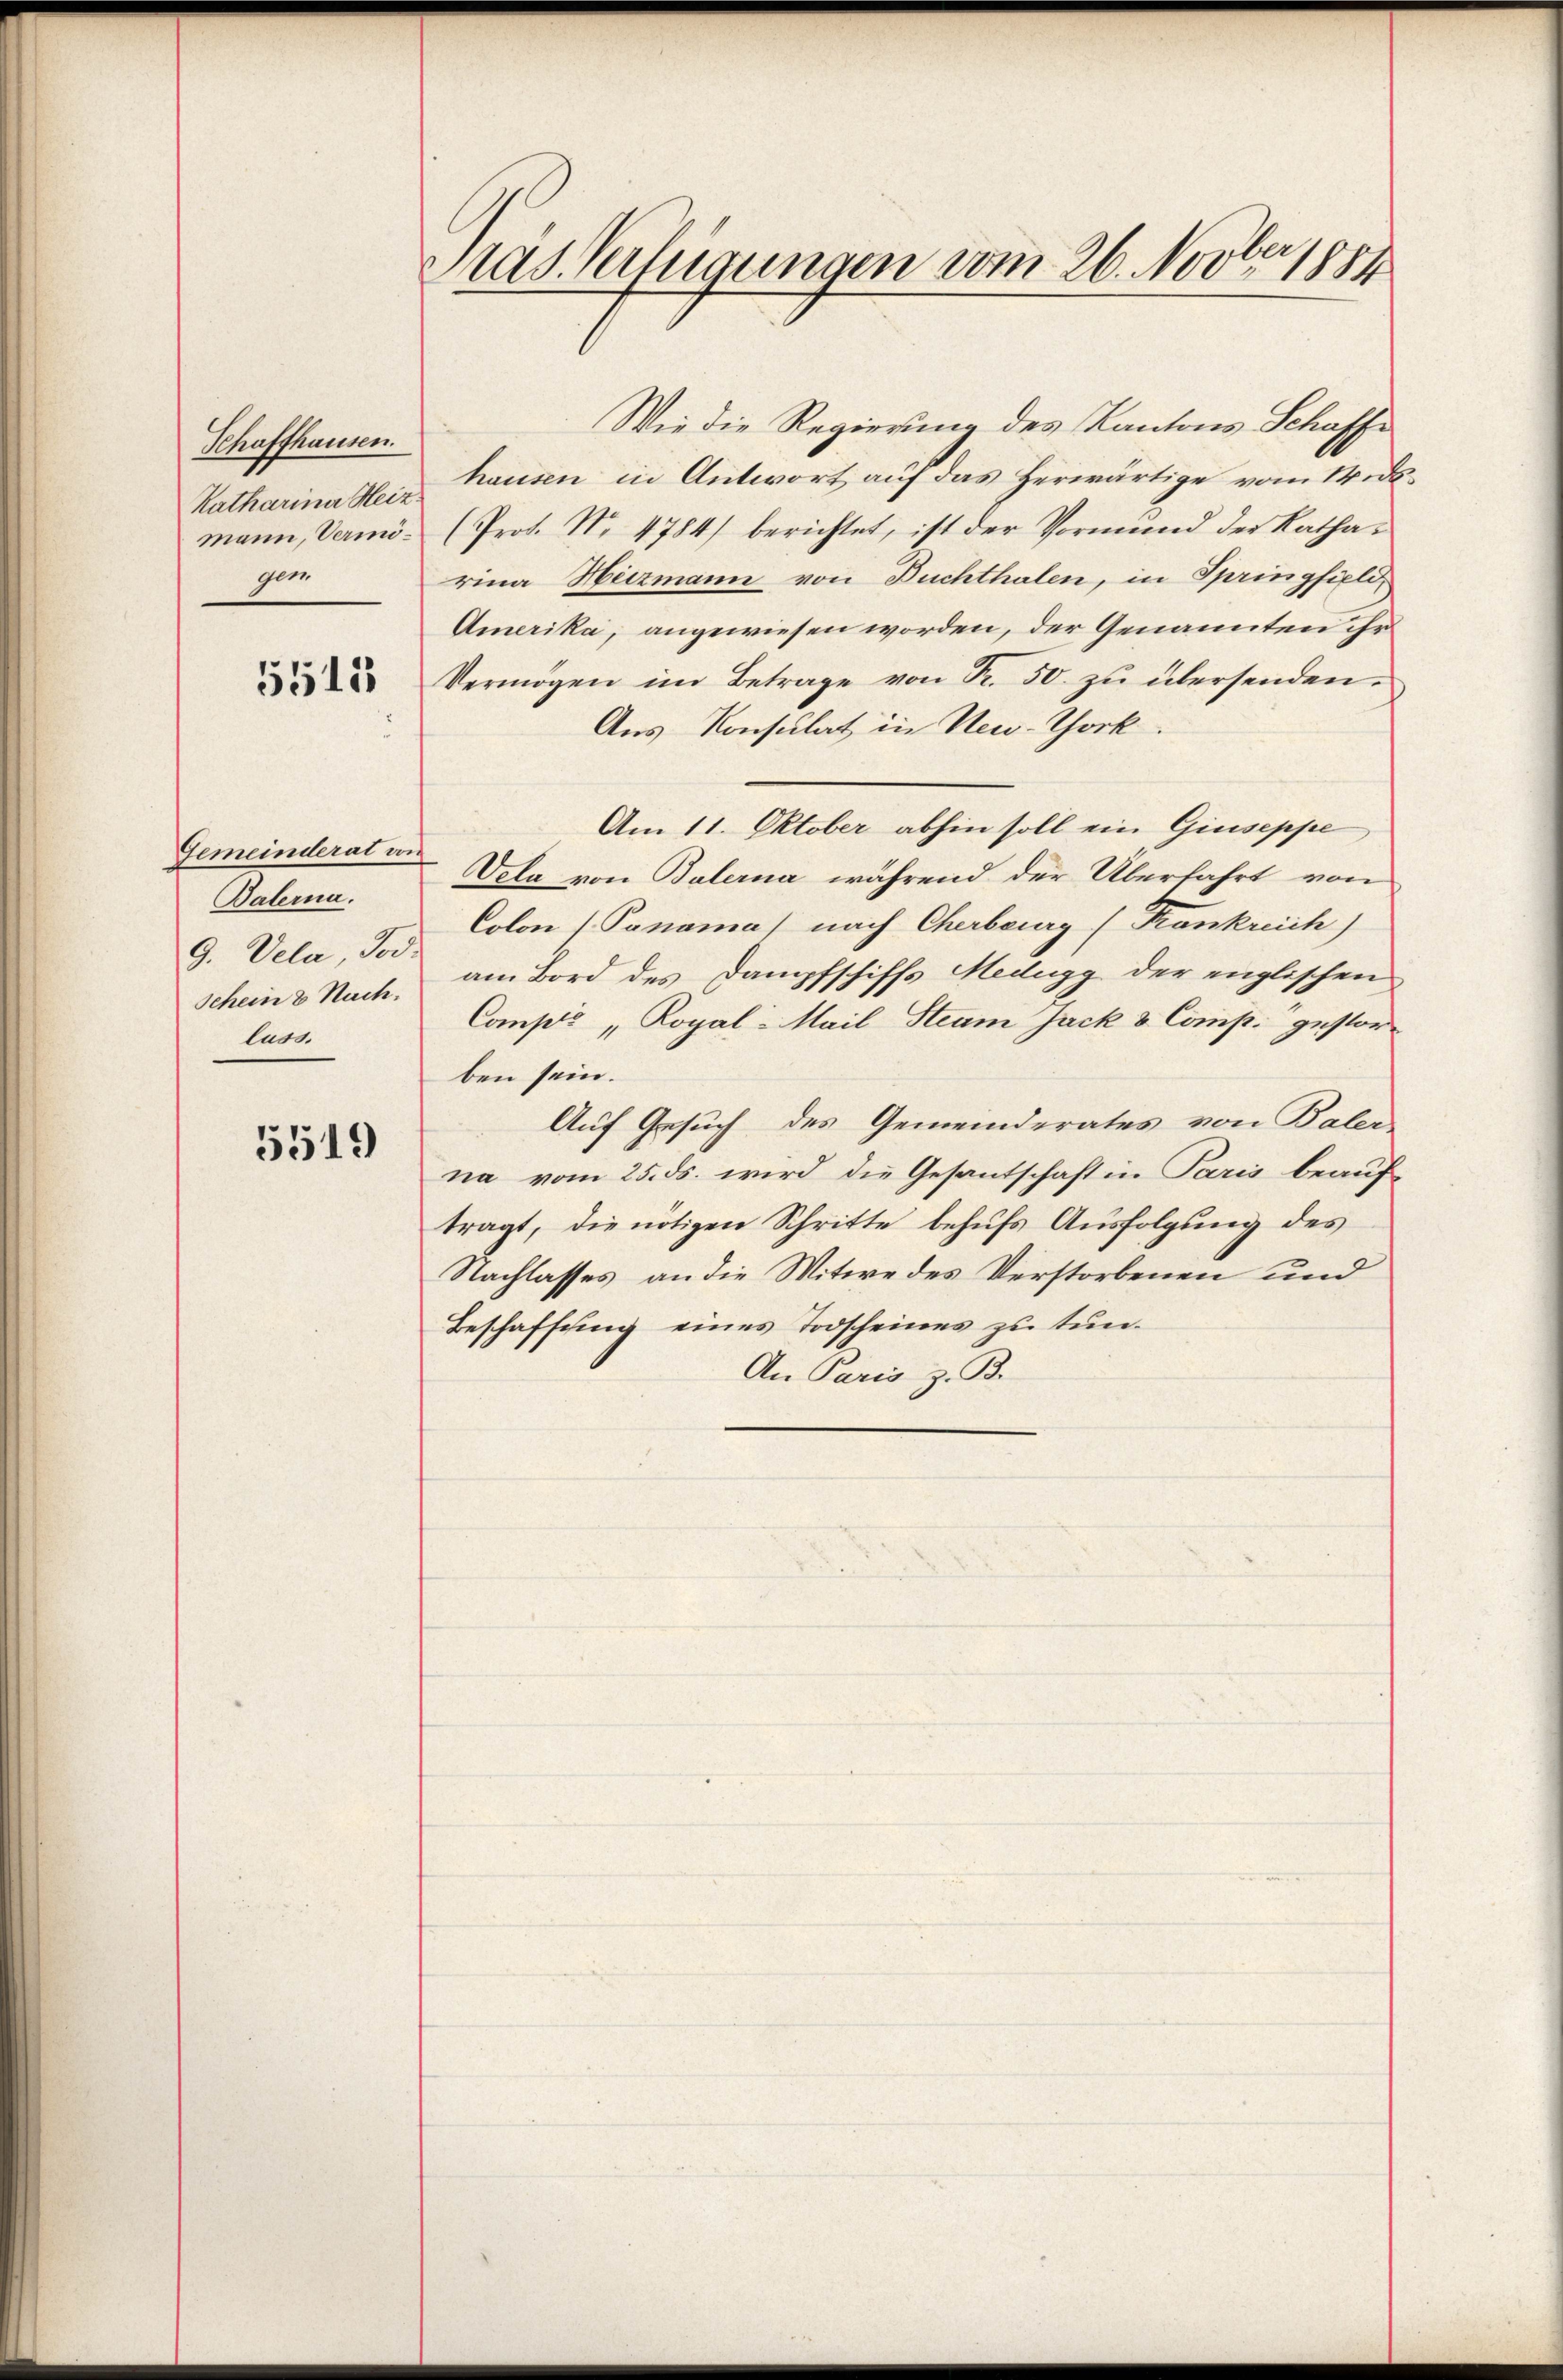
Schaffhausen.
Katharina Heiz
mann, Vermögem

5515

Gemeinderat von
Balerna.
9. Vela, Tod.
Schein 2 Nach.
luss.

5519

as Verfügungen vom 26. Novbr. 1884

Wie die Regierung des Kantons Schaffe
hausen in Antwort auf das Herwärtige vom 14.ds.
(Prot. No 4784/ berichtet, ist der Vormund der Katharina Heizmann von Buchthalen, in Springfield,
Amerika, angewiesen worden, der Genannten ihr
Vermögen im Betrage von Fr. 50. zu übersenden.
Aus Konsulat in New-York
Am 11. Oktober abhin soll ein Giuseppe
Vela von Balerna während der Überfahrt von
Colon (Panama nach Cherbeurg (Krankreich
am Bord des Dampfschiffs Medigg der englischen
Compis „Royal-Mail Steam Jack & Comp. gestorben sein.
Auf Gesuch des Gemeinderates von Baler
na vom 25. ds. wird die Gesantschaft in Paris beauftragt, die nötigen Schritte behufs Ausfolgung des
Nachlasses an die Witwe des Verstorbenen und
Beschaffung eines Todscheines zu tun.
An Paris z. B.